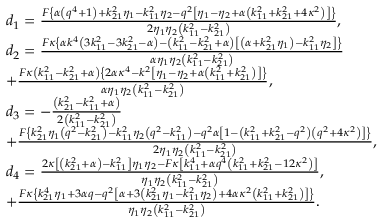
\begin{array} { r l } & { { d _ { 1 } } = \frac { { F \left\{ { \alpha \left( { { q ^ { 4 } } + 1 } \right) + k _ { 2 1 } ^ { 2 } { \eta _ { 1 } } - k _ { 1 1 } ^ { 2 } { \eta _ { 2 } } - { q ^ { 2 } } \left[ { { \eta _ { 1 } } - { \eta _ { 2 } } + \alpha \left( { k _ { 1 1 } ^ { 2 } + k _ { 2 1 } ^ { 2 } + 4 { \kappa ^ { 2 } } } \right) } \right] } \right\} } } { { 2 { \eta _ { 1 } } { \eta _ { 2 } } \left( { k _ { 1 1 } ^ { 2 } - k _ { 2 1 } ^ { 2 } } \right) } } , } \\ & { { d _ { 2 } } = \frac { { F \kappa \left\{ { \alpha { k ^ { 4 } } \left( { 3 k _ { 1 1 } ^ { 2 } - 3 k _ { 2 1 } ^ { 2 } - \alpha } \right) - \left( { k _ { 1 1 } ^ { 2 } - k _ { 2 1 } ^ { 2 } + \alpha } \right) \left[ { \left( { \alpha + k _ { 2 1 } ^ { 2 } { \eta _ { 1 } } } \right) - k _ { 1 1 } ^ { 2 } { \eta _ { 2 } } } \right] } \right\} } } { { \alpha { \eta _ { 1 } } { \eta _ { 2 } } \left( { k _ { 1 1 } ^ { 2 } - k _ { 2 1 } ^ { 2 } } \right) } } } \\ & { + \frac { { F \kappa \left( { k _ { 1 1 } ^ { 2 } - k _ { 2 1 } ^ { 2 } + \alpha } \right) \left\{ { 2 \alpha { \kappa ^ { 4 } } - { k ^ { 2 } } \left[ { { \eta _ { 1 } } - { \eta _ { 2 } } + \alpha \left( { k _ { 1 1 } ^ { 2 } + k _ { 2 1 } ^ { 2 } } \right) } \right] } \right\} } } { { \alpha { \eta _ { 1 } } { \eta _ { 2 } } \left( { k _ { 1 1 } ^ { 2 } - k _ { 2 1 } ^ { 2 } } \right) } } , } \\ & { d _ { 3 } = - \frac { { \left( { k _ { 2 1 } ^ { 2 } - k _ { 1 1 } ^ { 2 } + \alpha } \right) } } { { 2 \left( { k _ { 1 1 } ^ { 2 } - k _ { 2 1 } ^ { 2 } } \right) } } } \\ & { + \frac { { F \left\{ { k _ { 2 1 } ^ { 2 } { \eta _ { 1 } } \left( { { q ^ { 2 } } - k _ { 2 1 } ^ { 2 } } \right) - k _ { 1 1 } ^ { 2 } { \eta _ { 2 } } \left( { { q ^ { 2 } } - k _ { 1 1 } ^ { 2 } } \right) - { q ^ { 2 } } \alpha \left[ { 1 - \left( { k _ { 1 1 } ^ { 2 } + k _ { 2 1 } ^ { 2 } - { q ^ { 2 } } } \right) \left( { { q ^ { 2 } } + 4 { \kappa ^ { 2 } } } \right) } \right] } \right\} } } { { 2 { \eta _ { 1 } } { \eta _ { 2 } } \left( { k _ { 1 1 } ^ { 2 } - k _ { 2 1 } ^ { 2 } } \right) } } , } \\ & { { d _ { 4 } } = \frac { { 2 \kappa \left[ { \left( { k _ { 2 1 } ^ { 2 } + \alpha } \right) - k _ { 1 1 } ^ { 2 } } \right] { \eta _ { 1 } } { \eta _ { 2 } } - F \kappa \left[ { k _ { 1 1 } ^ { 4 } + \alpha { q ^ { 4 } } \left( { k _ { 1 1 } ^ { 2 } + k _ { 2 1 } ^ { 2 } - 1 2 { \kappa ^ { 2 } } } \right) } \right] } } { { { \eta _ { 1 } } { \eta _ { 2 } } \left( { k _ { 1 1 } ^ { 2 } - k _ { 2 1 } ^ { 2 } } \right) } } , } \\ & { + \frac { { F \kappa \left\{ { k _ { 2 1 } ^ { 4 } { \eta _ { 1 } } + 3 \alpha q - { q ^ { 2 } } \left[ { \alpha + 3 \left( { k _ { 2 1 } ^ { 2 } { \eta _ { 1 } } - k _ { 1 1 } ^ { 2 } { \eta _ { 2 } } } \right) + 4 \alpha { \kappa ^ { 2 } } \left( { k _ { 1 1 } ^ { 2 } + k _ { 2 1 } ^ { 2 } } \right) } \right] } \right\} } } { { { \eta _ { 1 } } { \eta _ { 2 } } \left( { k _ { 1 1 } ^ { 2 } - k _ { 2 1 } ^ { 2 } } \right) } } . } \end{array}